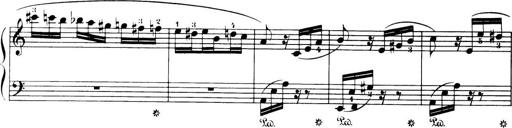
Title: 32 Sonatinas and Rondos for the Piano
Composer: Richard Kleinmichel